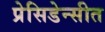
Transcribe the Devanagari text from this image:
प्रेसिडेन्सीत